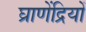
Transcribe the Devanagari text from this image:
घ्राणेंद्रियों